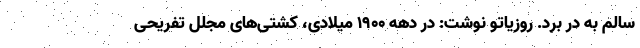
سالم به در برد. روزیاتو نوشت: در دهه ۱۹۰۰ میلادی، کشتی‌های مجلل تفریحی